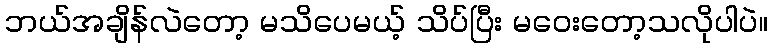
ဘယ်အချိန်လဲတော့ မသိပေမယ့် သိပ်ပြီး မဝေးတော့သလိုပါပဲ။